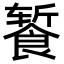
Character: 𬲕